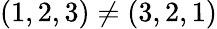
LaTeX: (1,2,3)\neq(3,2,1)